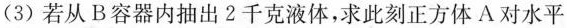
(3)若从B容器内抽出2千克液体，求此刻正方体A对水平